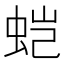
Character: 𰲹